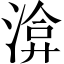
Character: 渰